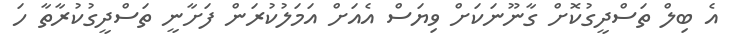
އެ ބިލް ތަސްދީގުކޮށް ގާނޫނަކަށް ވިޔަސް އެއަށް އަމަލުކުރަން ފަށާނީ ތަސްދީގުކުރާތާ ހަ